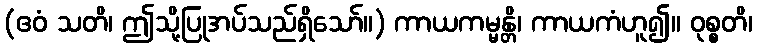
(ဧဝံ သတိ၊ ဤသို့ပြုအပ်သည်ရှိသော်။) ကာယကမ္မန္တိ၊ ကာယကံဟူ၍။ ဝုစ္စတိ၊